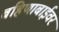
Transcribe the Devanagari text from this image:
बहिणाबाईवर